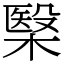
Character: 𣘦